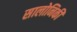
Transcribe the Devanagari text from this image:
सालोनिकी